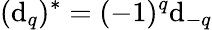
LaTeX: (\mathrm{d}_{q})^{*}=(-1)^{q}\mathrm{d}_{-q}